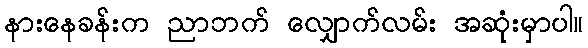
နားနေခန်းက ညာဘက် လျှောက်လမ်း အဆုံးမှာပါ။